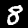
Label: 8